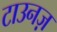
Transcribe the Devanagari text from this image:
टाउनज़